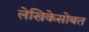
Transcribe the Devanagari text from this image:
लेखिकेसोबत